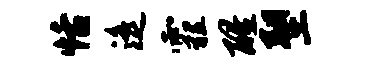
恬遥霾醒塑